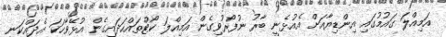
އަމިއްލަ ގައުމުގައި އިންޑިޔާއަށް އެއުޅެނީ ބާރު ނުފޯރުވިގެން އަމިއްލަ ކޯޓްތައްހަދައިގެން އުޅޭވާހަކަ އެދައްކަނީ